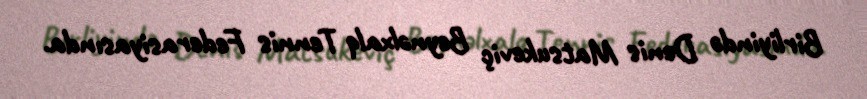
Birliyində Denis Matsukeviç Beynəlxalq Tennis Federasiyasında.